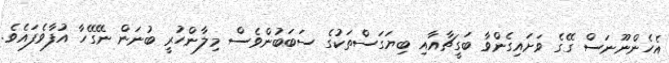
އެހެންނޫނަސް ގޭގެ ވަށައިގެންވާ ބަގީޗާއާއި ބިޔަގަސްތަކުގެ ސަބަބުންވެސް މިލާންހުރީ ބުނަން ނޭގޭހާ އުފާވެފައެވެ.